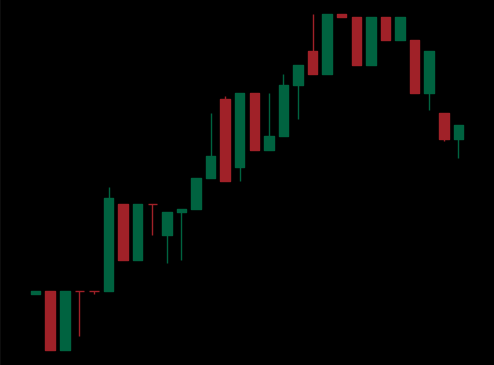
Pattern: unclassified